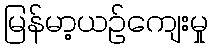
မြန်မာ့ယဉ်ကျေးမှု